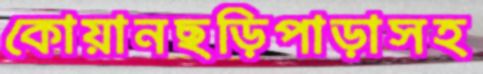
কোয়ানছড়িপাড়াসহ